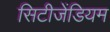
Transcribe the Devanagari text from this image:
सिटीजेंडियम